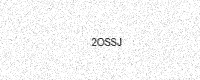
Text: 2OSSJ